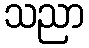
သညာ